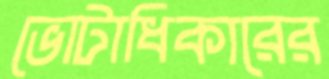
ভোটাধিকারের